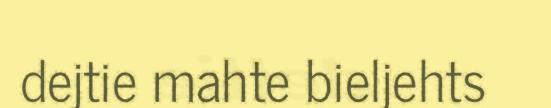
dejtie mahte bieljehts